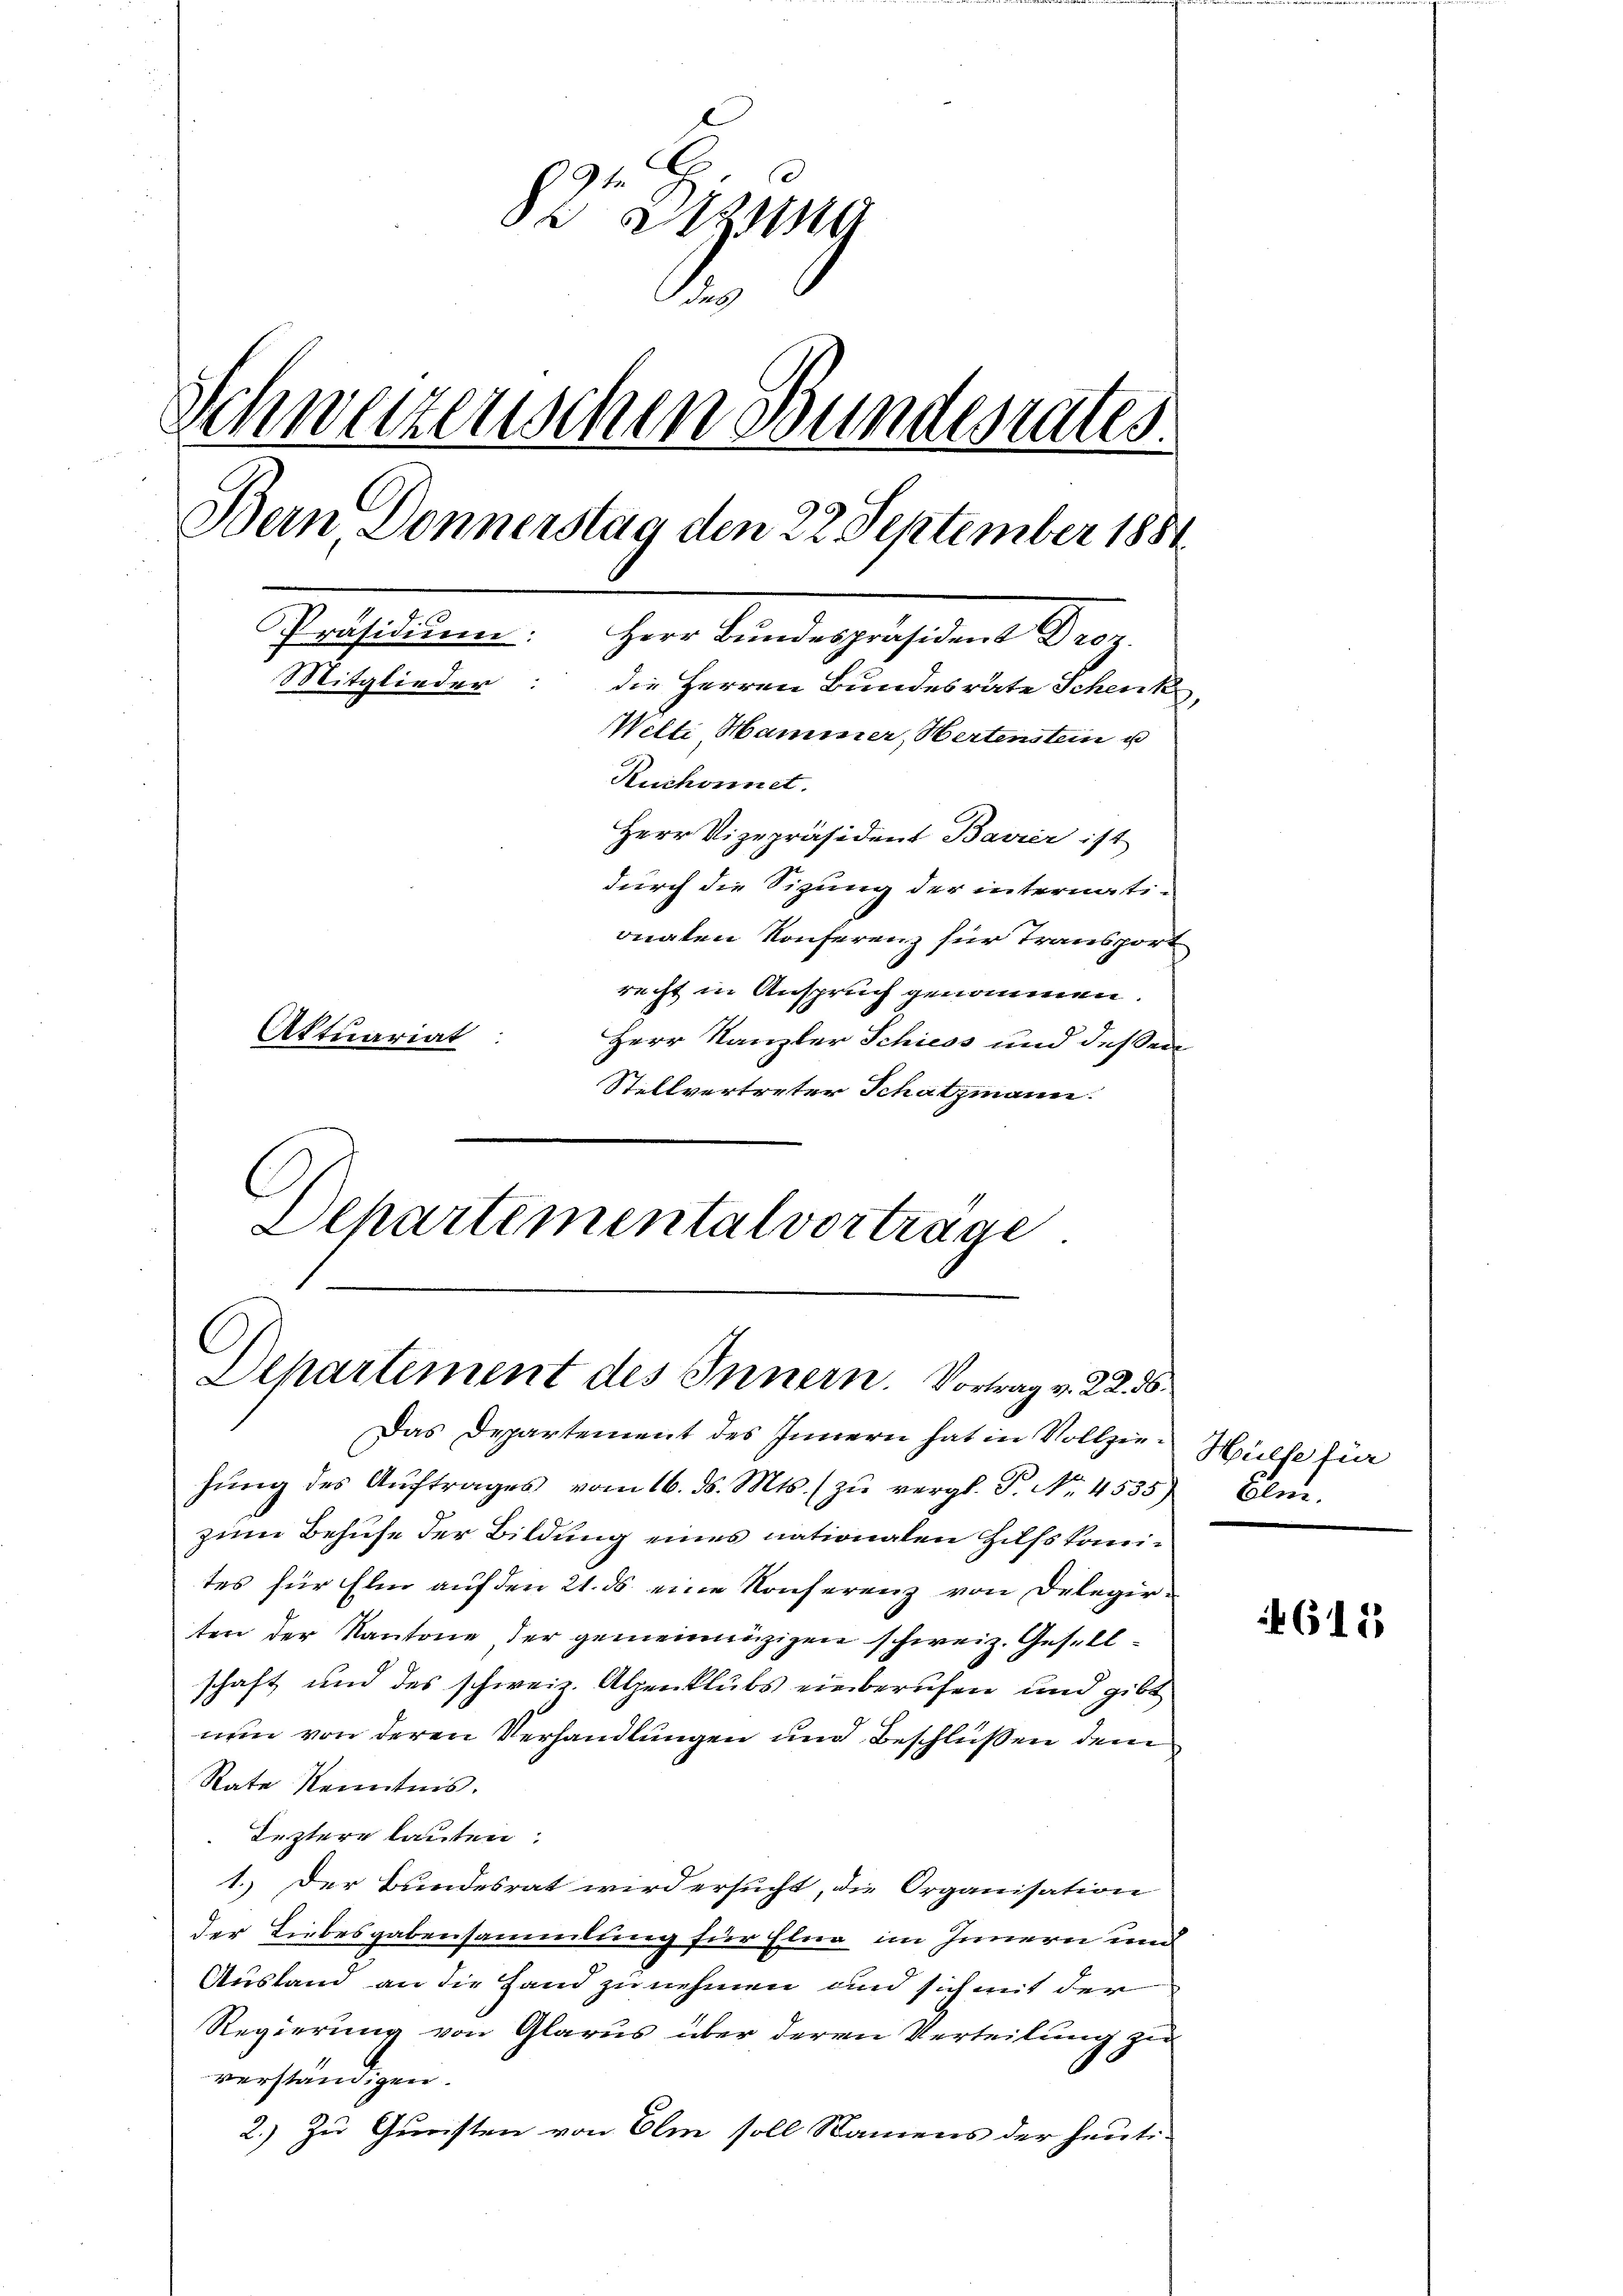
82 a
a
Schweizerischen Bunderates.
Bern Donnerstag den 22. September 1881
7. 6
Präsidiŭm: Herr Bŭndespräsident Droz.
Mitglieder: die Herren Bundesräte Schenk
Welti Hammer, Hertenstein u
Ruchonnet.
Herr Vizepräsident Bavier ist
durch die Sitzung der internationaten Konferenz für Transport
recht in Anspruch genommen.
Aktuariat
Herr Kanzler Schiess und dessen
Stellvertreter Schatzmann.

Departement des Innern. Vortrag v. 22. 36.

Departemental vortrage

Das Departement des Innern hat in Vollzei- Hülfe für
hŭng des Aŭftrages vom 16. ds. Mts. zŭ vergl. T. No. 4535
zum Behufe der Bildung eines nationalen Hilfskomites für Elm auf den 21. ds eine Konferenz von Delegirten der Kantone der gemeinnüzigen schweiz. Gesellschaft und des schweiz. Alpenklubs einberufen und gibt
nen von deren Verhandlungen und Beschlüßen dem
Rate Kenntnis.
Leztere lauten:
1. Der Bundesrat wird ersucht, die Organisation
der Liebesgabensammlung für Elna im Innern und
Ausland an die Hand zu nehmen und sich mit der
Regierung von Glarus über deren Verteilung zu
verständigen.
2.) Zu Gunsten von Olm soll Namens der heuti-

Elm.

615